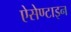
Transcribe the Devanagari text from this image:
ऐसेण्टाइन